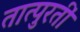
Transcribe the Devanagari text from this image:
तात्पुरतीं